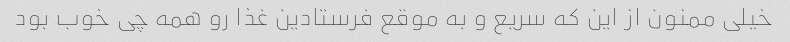
خیلی ممنون از این که سریع و به موقع فرستادین غذا رو همه چی خوب بود